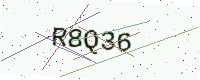
Text: R8Q36